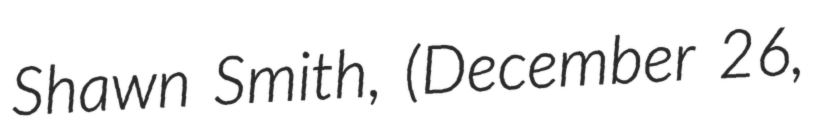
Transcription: Shawn Smith, (December 26,